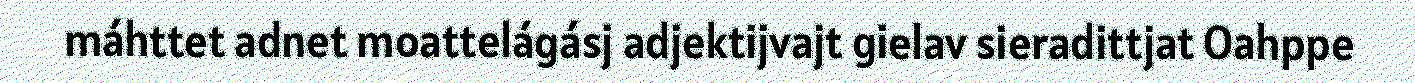
máhttet adnet moattelágásj adjektijvajt gielav sieradittjat Oahppe